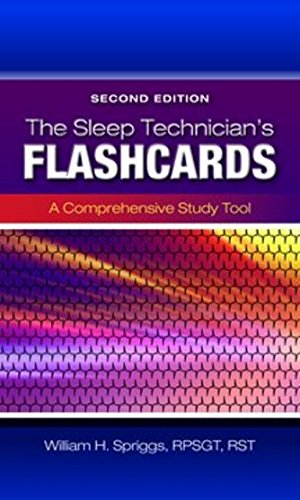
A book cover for The Sleep Technician's Flashcards; William H. Spriggs; Medical Books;